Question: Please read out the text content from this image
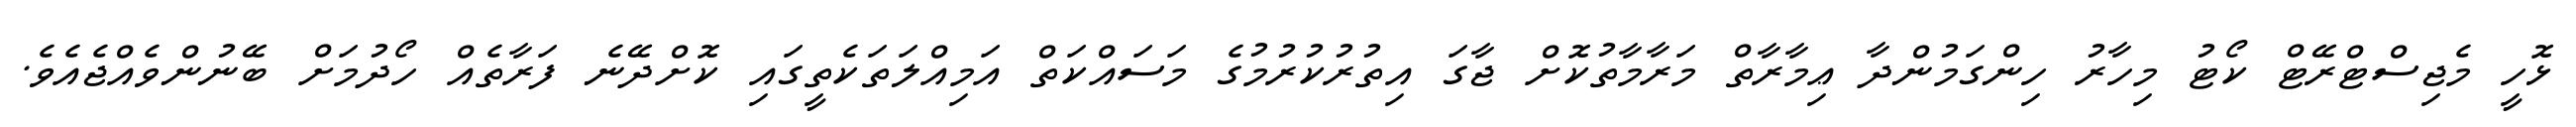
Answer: ޅޮހީ މެޖިސްޓްރޭޓް ކޯޓު މިހާރު ހިންގަމުންދާ ޢިމާރާތް މަރާމާތުކޮށް ޖާގަ އިތުރުކުރުމުގެ މަސައްކަތް އަމިއްލަތަކެތީގައި ކޮށްދޭނެ ފަރާތެއް ހޯދުމަށް ބޭނުންވެއްޖެއެވެ.